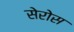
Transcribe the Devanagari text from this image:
सेरोस